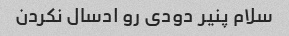
سلام پنیر دودی رو ادسال نکردن